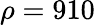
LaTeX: \rho=910